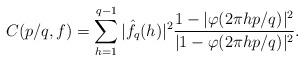
LaTeX: \begin{align*}C(p/q, f) = \sum_{h=1}^{q-1} |\hat{f_q}(h)|^2 \frac{1-|\varphi (2 \pi h p/q)|^2}{|1-\varphi (2 \pi h p/q)|^2} .\end{align*}